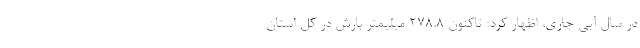
در سال آبی جاری، اظهار کرد: تاکنون ۲۷۸.۸ میلیمتر بارش در کل استان